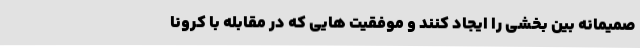
صمیمانه بین بخشی را ایجاد کنند و موفقیت هایی که در مقابله با کرونا